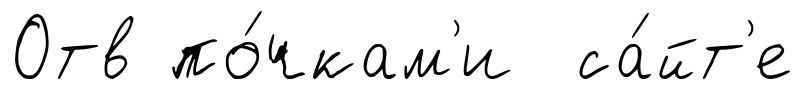
Отв по́чкам'и са́йт'е